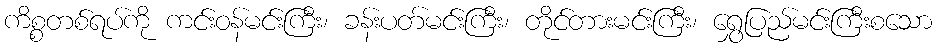
ကိစ္စတစ်ရပ်ကို ကင်းဝန်မင်းကြီး၊ ခန်းပတ်မင်းကြီး၊ တိုင်တားမင်းကြီး၊ ရွှေပြည်မင်းကြီးစသော